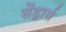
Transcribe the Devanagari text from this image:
सेंड्रार्स